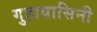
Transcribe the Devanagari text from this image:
गुहावासिनी